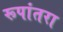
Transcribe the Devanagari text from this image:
रूपांतरा